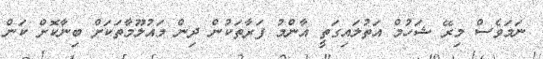
ނަމަވެސް މިރޭ ޝަހުމް އަތުލައިގަތީ އާންމު ފަރާތަކުން ދިން މައުލޫމާތަކަށް ބިނާކޮށް ކަން